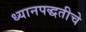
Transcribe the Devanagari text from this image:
ध्यानपद्धतीचे